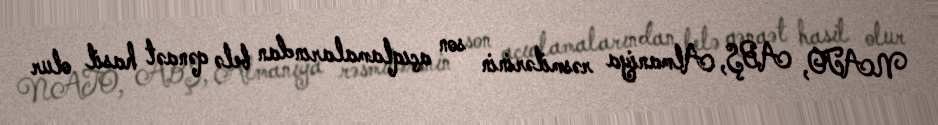
NATO, ABŞ, Almaniya rəsmilərinin son açıqlamalarından belə qənaət hasil olur